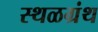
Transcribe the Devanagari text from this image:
स्थळग्रंथ